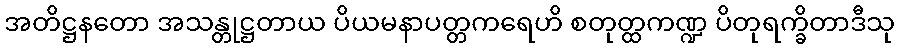
အတိဋ္ဌနတော အသန္တုဋ္ဌတာယ ပိယမနာပတ္တကရေဟိ စတုတ္ထကဏ္ဍ ပိတုရက္ခိတာဒီသု